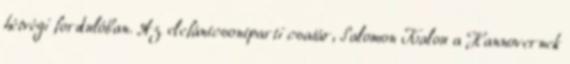
hétvégi fordulóban. Az elefántcsontparti csatár, Salomon Kalou a Hannovernek